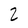
Character: 2